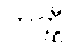
ဟတ္ထီ